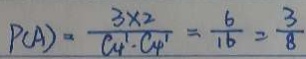
P ( A ) = \frac { 3 \times 2 } { C 4 _ { 1 } \cdot C 4 _ { 1 } ^ { 1 } } = \frac { 6 } { 1 6 } = \frac { 3 } { 8 }